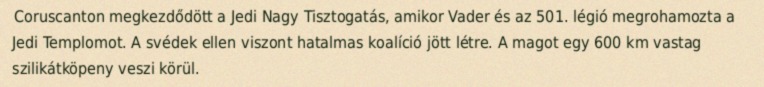
Coruscanton megkezdődött a Jedi Nagy Tisztogatás, amikor Vader és az 501. légió megrohamozta a Jedi Templomot. A svédek ellen viszont hatalmas koalíció jött létre. A magot egy 600 km vastag szilikátköpeny veszi körül.